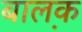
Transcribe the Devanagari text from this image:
बाल़क